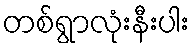
တစ်ရွာလုံးနီးပါး